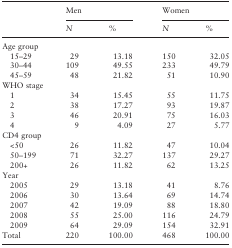
<table><thead><tr><td></td><td colspan="2"><b>Men</b></td><td colspan="2"><b>Women</b></td></tr><tr><td></td><td><b><i>N</i></b></td><td><b>%</b></td><td><b><i>N</i></b></td><td><b>%</b></td></tr></thead><tbody><tr><td colspan="5">Age group</td></tr><tr><td> 15–29</td><td>29</td><td>13.18</td><td>150</td><td>32.05</td></tr><tr><td> 30–44</td><td>109</td><td>49.55</td><td>233</td><td>49.79</td></tr><tr><td> 45–59</td><td>48</td><td>21.82</td><td>51</td><td>10.90</td></tr><tr><td colspan="5">WHO stage</td></tr><tr><td> 1</td><td>34</td><td>15.45</td><td>55</td><td>11.75</td></tr><tr><td> 2</td><td>38</td><td>17.27</td><td>93</td><td>19.87</td></tr><tr><td> 3</td><td>46</td><td>20.91</td><td>75</td><td>16.03</td></tr><tr><td> 4</td><td>9</td><td>4.09</td><td>27</td><td>5.77</td></tr><tr><td colspan="5">CD4 group</td></tr><tr><td> &lt;50</td><td>26</td><td>11.82</td><td>47</td><td>10.04</td></tr><tr><td> 50–199</td><td>71</td><td>32.27</td><td>137</td><td>29.27</td></tr><tr><td> 200+</td><td>26</td><td>11.82</td><td>62</td><td>13.25</td></tr><tr><td colspan="5">Year</td></tr><tr><td> 2005</td><td>29</td><td>13.18</td><td>41</td><td>8.76</td></tr><tr><td> 2006</td><td>30</td><td>13.64</td><td>69</td><td>14.74</td></tr><tr><td> 2007</td><td>42</td><td>19.09</td><td>88</td><td>18.80</td></tr><tr><td> 2008</td><td>55</td><td>25.00</td><td>116</td><td>24.79</td></tr><tr><td> 2009</td><td>64</td><td>29.09</td><td>154</td><td>32.91</td></tr><tr><td>Total</td><td>220</td><td>100.00</td><td>468</td><td>100.00</td></tr></tbody></table>